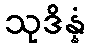
သုဒိန္နံ